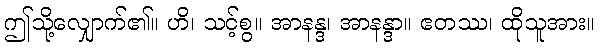
ဤသို့လျှောက်၏။ ဟိ၊ သင့်စွ။ အာနန္ဒ၊ အာနန္ဒာ။ ဧတဿ၊ ထိုသူအား။